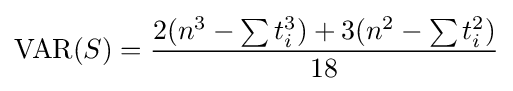
\operatorname {VAR} (S)={\frac {2(n^{3}-\sum t_{i}^{3})+3(n^{2}-\sum t_{i}^{2})}{18}}